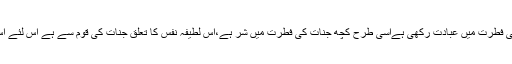
جس طرح اللہ نے انسان کی فطرت میں عبادت رکھی ہےاسی طرح کچھ جنات کی فطرت میں شر ہے،اس لطیفہ نفس کا تعلق جنات کی قوم سے ہے اس لئے اس کی فطرت میں شر ہے ۔